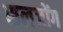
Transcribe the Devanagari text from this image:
सलजोंग